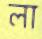
লা